Local science and art examinations and technological examinations, 1912, 1912
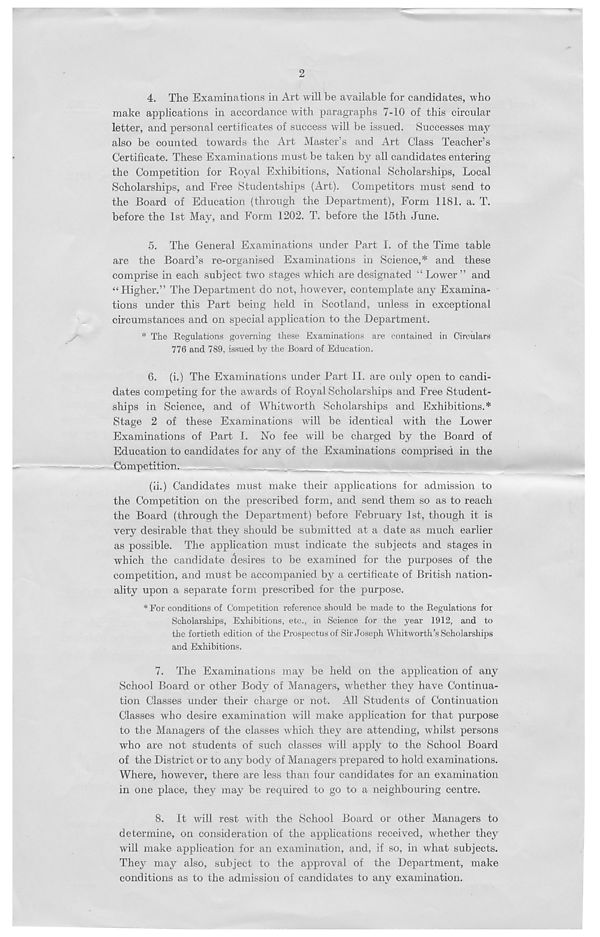
2
4. The Examinations in Art will be available for candidates, who
make applications in accordance with paragraphs 7-10 of this circular
letter, and personal certificates of success will be issued. Successes may
also be counted towards the Art Master’s and Art Class Teacher’s
Certificate. These Examinations must be taken by all candidates entering
the Competition for Royal Exhibitions, National Scholarships, Local
Scholarships, and Free Studentships (Art). Competitors must send to
the Board of Education (through the Department), Form 1181. a. T.
before the 1st Mav, and Form 1202. T. before the 15th June.
5. The General Examinations under Part I. of the Time table
are the Board’s re-organised Examinations in Science,* and these
comprise in each subject two stages wdiich are designated “Lower” and
“Higher.” The Department do not, however, contemplate any Examina-
tions under this Part being held in Scotland, unless in exceptional
circumstances and on special application to the Department.
* The Regulations governing these Examinations are contained in Circulars
776 and 789, issued by the Board of Education.
6. (i.) The Examinations under Part II. are only open to candi-
dates competing for the a,wards of Royal Scholarships and Free Student-
ships in Science, and of Whitworth Scholarships and Exhibitions.*
Stage 2 of these Examinations will be identical with the Lower
Examinations of Part I. No fee wull be charged by the Board of
Education to candidates for any of the Examinations comprised in the
Competition.
(ii.) Candidates must make their applications for admission to
the Competition on the prescribed form, and send them so as to reach
the Board (through the Department) before February 1st, though it is
very desirable that they should be submitted at a date as much earlier
as possible. The application must indicate the subjects and stages in
which the candidate desires to be examined for the purposes of the
competition, and must be accompanied by a certificate of British nation-
ality upon a separate form prescribed for the purpose.
* For conditions of Competition reference should be made to the Regulations for
Scholarships, Exhibitions, etc., in Science for the year 1912, and to
the fortieth edition of the Prospectus of Sir Joseph Whitworth’s Scholarships
and Exhibitions.
7. The Examinations may be held, on the application of any
School Board or other Body of Managers, whether they have Continua-
tion Classes under their charge or not. All Students of Continuation
Classes who desire examination will make application for that purpose
to the Managers of the classes which they are attending, whilst persons
who are not students of such classes will apply to the School Board
of the District or to any body of Managers prepared to hold examinations.
Where, however, there are less than four candidates for an examination
in one place, they may be required to go to a neighbouring centre.
8. It will rest with the School Board or other Managers to
determine, on consideration of the applications received, whether they
will make application for an examination, and, if so, in what subjects.
They may also, subject to the approval of the Department, make
conditions as to the admission of candidates to any examination.